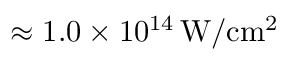
\approx 1 . 0 \times 1 0 ^ { 1 4 } \, \mathrm { W / c m ^ { 2 } }